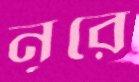
নূরে